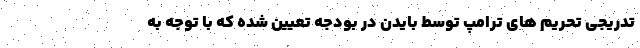
تدریجی تحریم های ترامپ توسط بایدن در بودجه تعیین شده که با توجه به